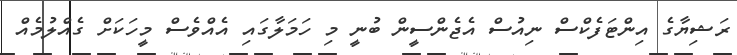
ރަޝިޔާގެ އިންޓަފެކްސް ނިއުސް އެޖެންސީން ބުނީ މި ހަަމަލާގައި އެއްވެސް މީހަކަށް ގެއްލުމެއް